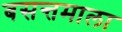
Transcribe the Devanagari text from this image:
बसन्तमाला